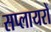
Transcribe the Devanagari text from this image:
सप्लायरों